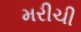
મરીચી